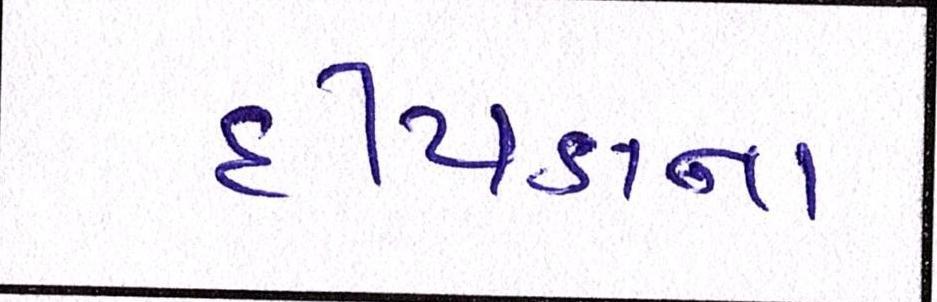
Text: દીપડાના